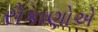
રોકાણોએ